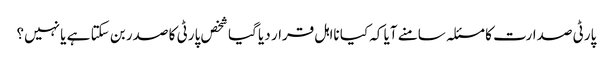
پارٹی صدارت کا مسئلہ سامنے آیا کہ کیا نااہل قرار دیا گیا شخص پارٹی کا صدر بن سکتا ہے یا نہیں؟